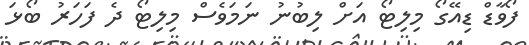
ފޯވާޑް ޑިއޭގޯ މިލިޓޯ އަށް ލިބުނު ނަމަވެސް މިލިޓޯ ދެ ފަހަރު ބޯޅަ